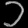
Digit: ၁